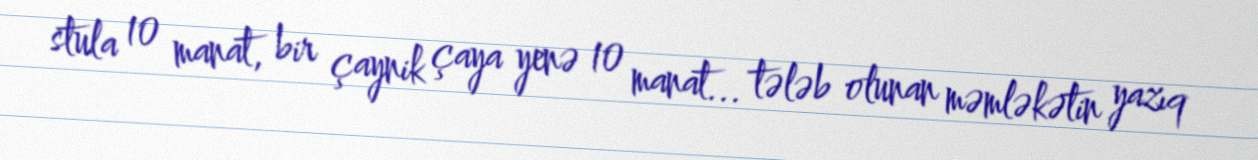
stula 10 manat, bir çaynik çaya yenə 10 manat... tələb olunan məmləkətin yazıq